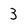
Character: 3